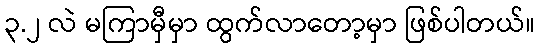
၃.၂ လဲ မကြာမှီမှာ ထွက်လာတော့မှာ ဖြစ်ပါတယ်။